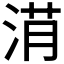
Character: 𣷎